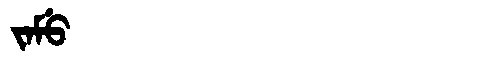
Manchu: ᠵᠠᠮᡠ
Romanization: JAMU